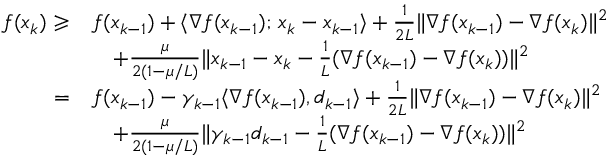
\begin{array} { r l } { f ( x _ { k } ) \geqslant } & { f ( x _ { k - 1 } ) + \langle \nabla f ( x _ { k - 1 } ) ; \, x _ { k } - x _ { k - 1 } \rangle + \frac { 1 } { 2 L } \| \nabla f ( x _ { k - 1 } ) - \nabla f ( x _ { k } ) \| ^ { 2 } } \\ & { \quad + \frac { \mu } { 2 ( 1 - \mu / L ) } \| x _ { k - 1 } - x _ { k } - \frac { 1 } { L } ( \nabla f ( x _ { k - 1 } ) - \nabla f ( x _ { k } ) ) \| ^ { 2 } } \\ { = } & { f ( x _ { k - 1 } ) - \gamma _ { k - 1 } \langle \nabla f ( x _ { k - 1 } ) , d _ { k - 1 } \rangle + \frac { 1 } { 2 L } \| \nabla f ( x _ { k - 1 } ) - \nabla f ( x _ { k } ) \| ^ { 2 } } \\ & { \quad + \frac { \mu } { 2 ( 1 - \mu / L ) } \| \gamma _ { k - 1 } d _ { k - 1 } - \frac { 1 } { L } ( \nabla f ( x _ { k - 1 } ) - \nabla f ( x _ { k } ) ) \| ^ { 2 } } \end{array}